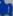
إ